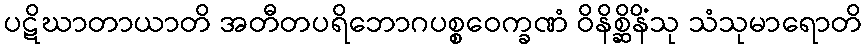
ပဋိဃာတာယာတိ အတီတပရိဘောဂပစ္စဝေက္ခဏံ ဝိနိစ္ဆိနိံသု သံသုမာရောတိ